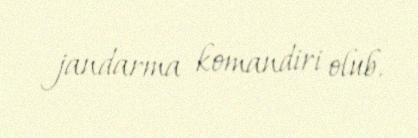
jandarma komandiri olub.